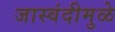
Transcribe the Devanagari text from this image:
जास्वंदीमुळे